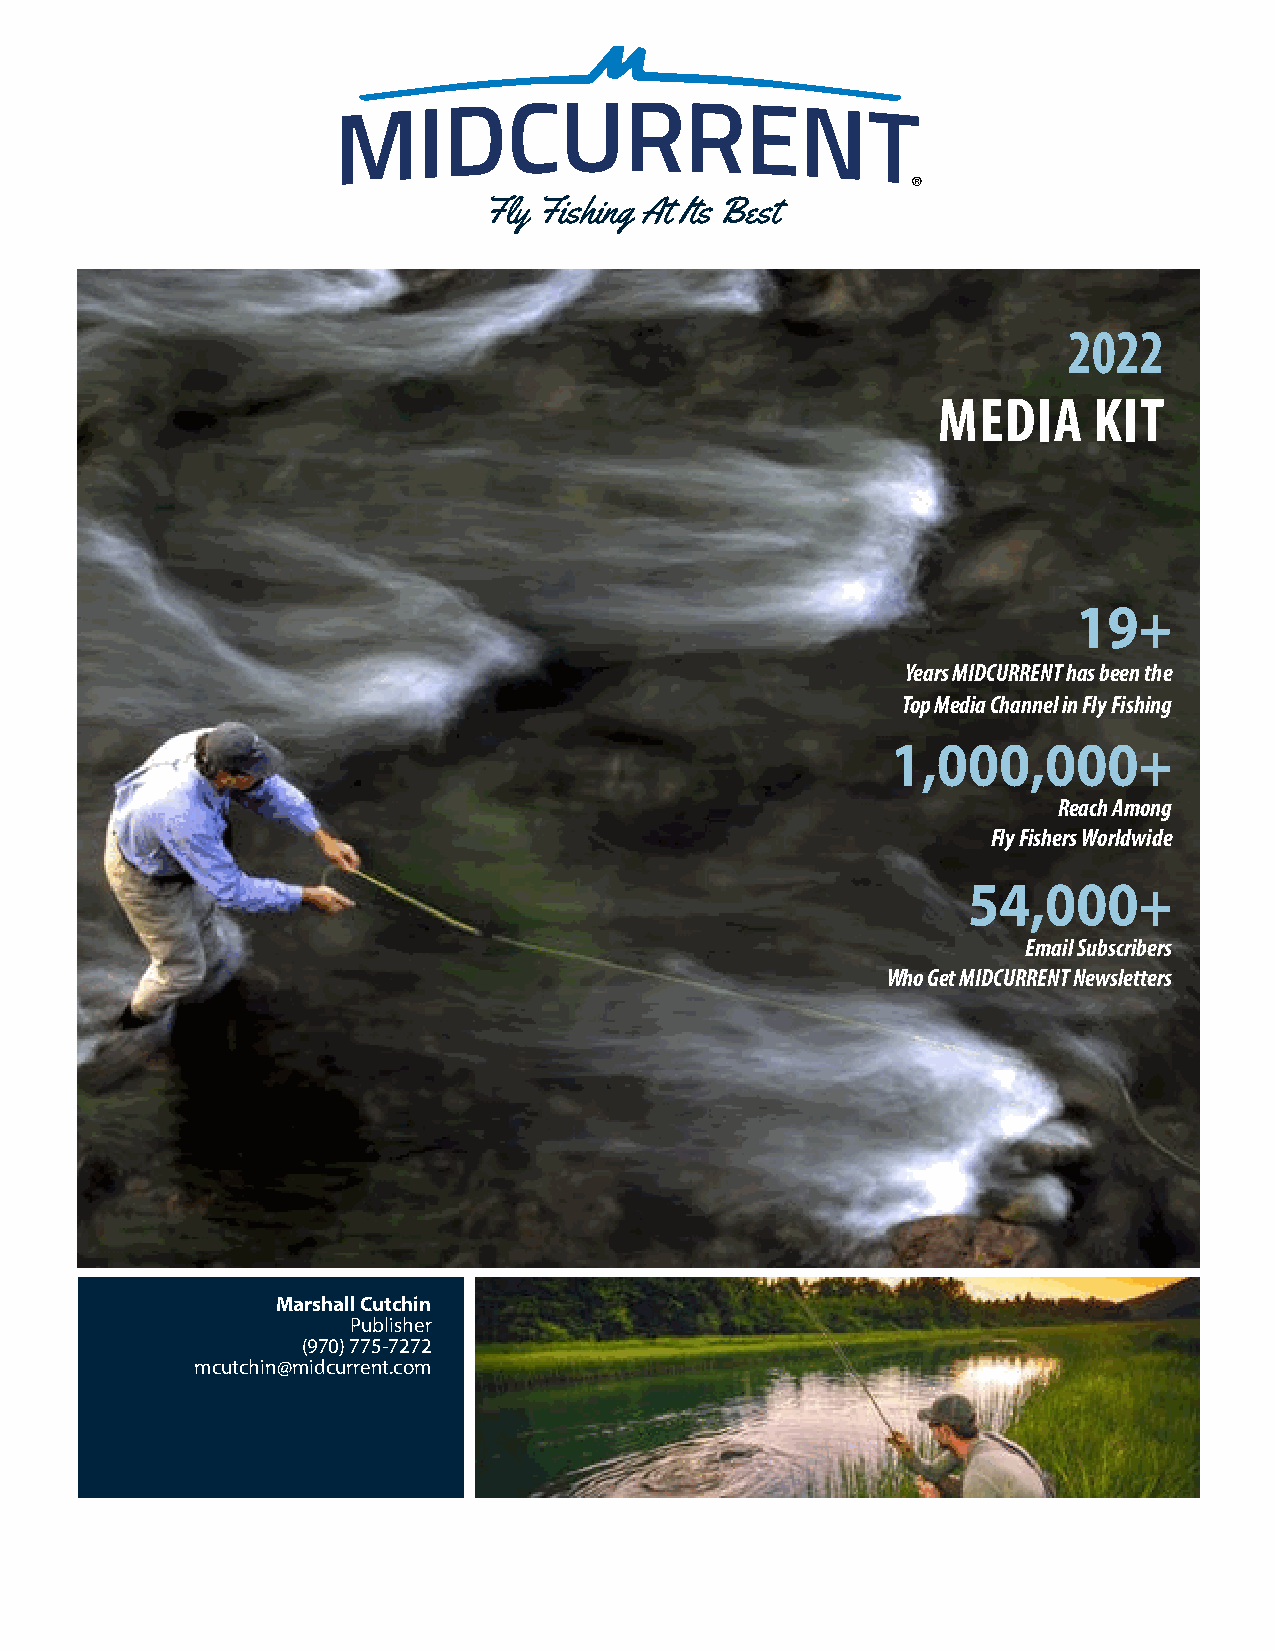
®
 Fly Fishing At Its Best
 2022
 MEDIA     KIT
 19+
 Years MIDCURRENT has been the
 Top Media Channel in Fly Fishing
 1,000,000+
 Reach Among
 Fly Fishers Worldwide
 54,000+
 Email Subscribers
 Who Get MIDCURRENT Newsletters
 Marshall Cutchin
 Publisher
 (970) 775-7272
 mcutchin@midcurrent.com